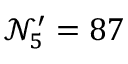
\mathcal { N } _ { 5 } ^ { \prime } = 8 7